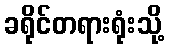
ခရိုင်တရားရုံးသို့